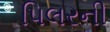
પિલરની